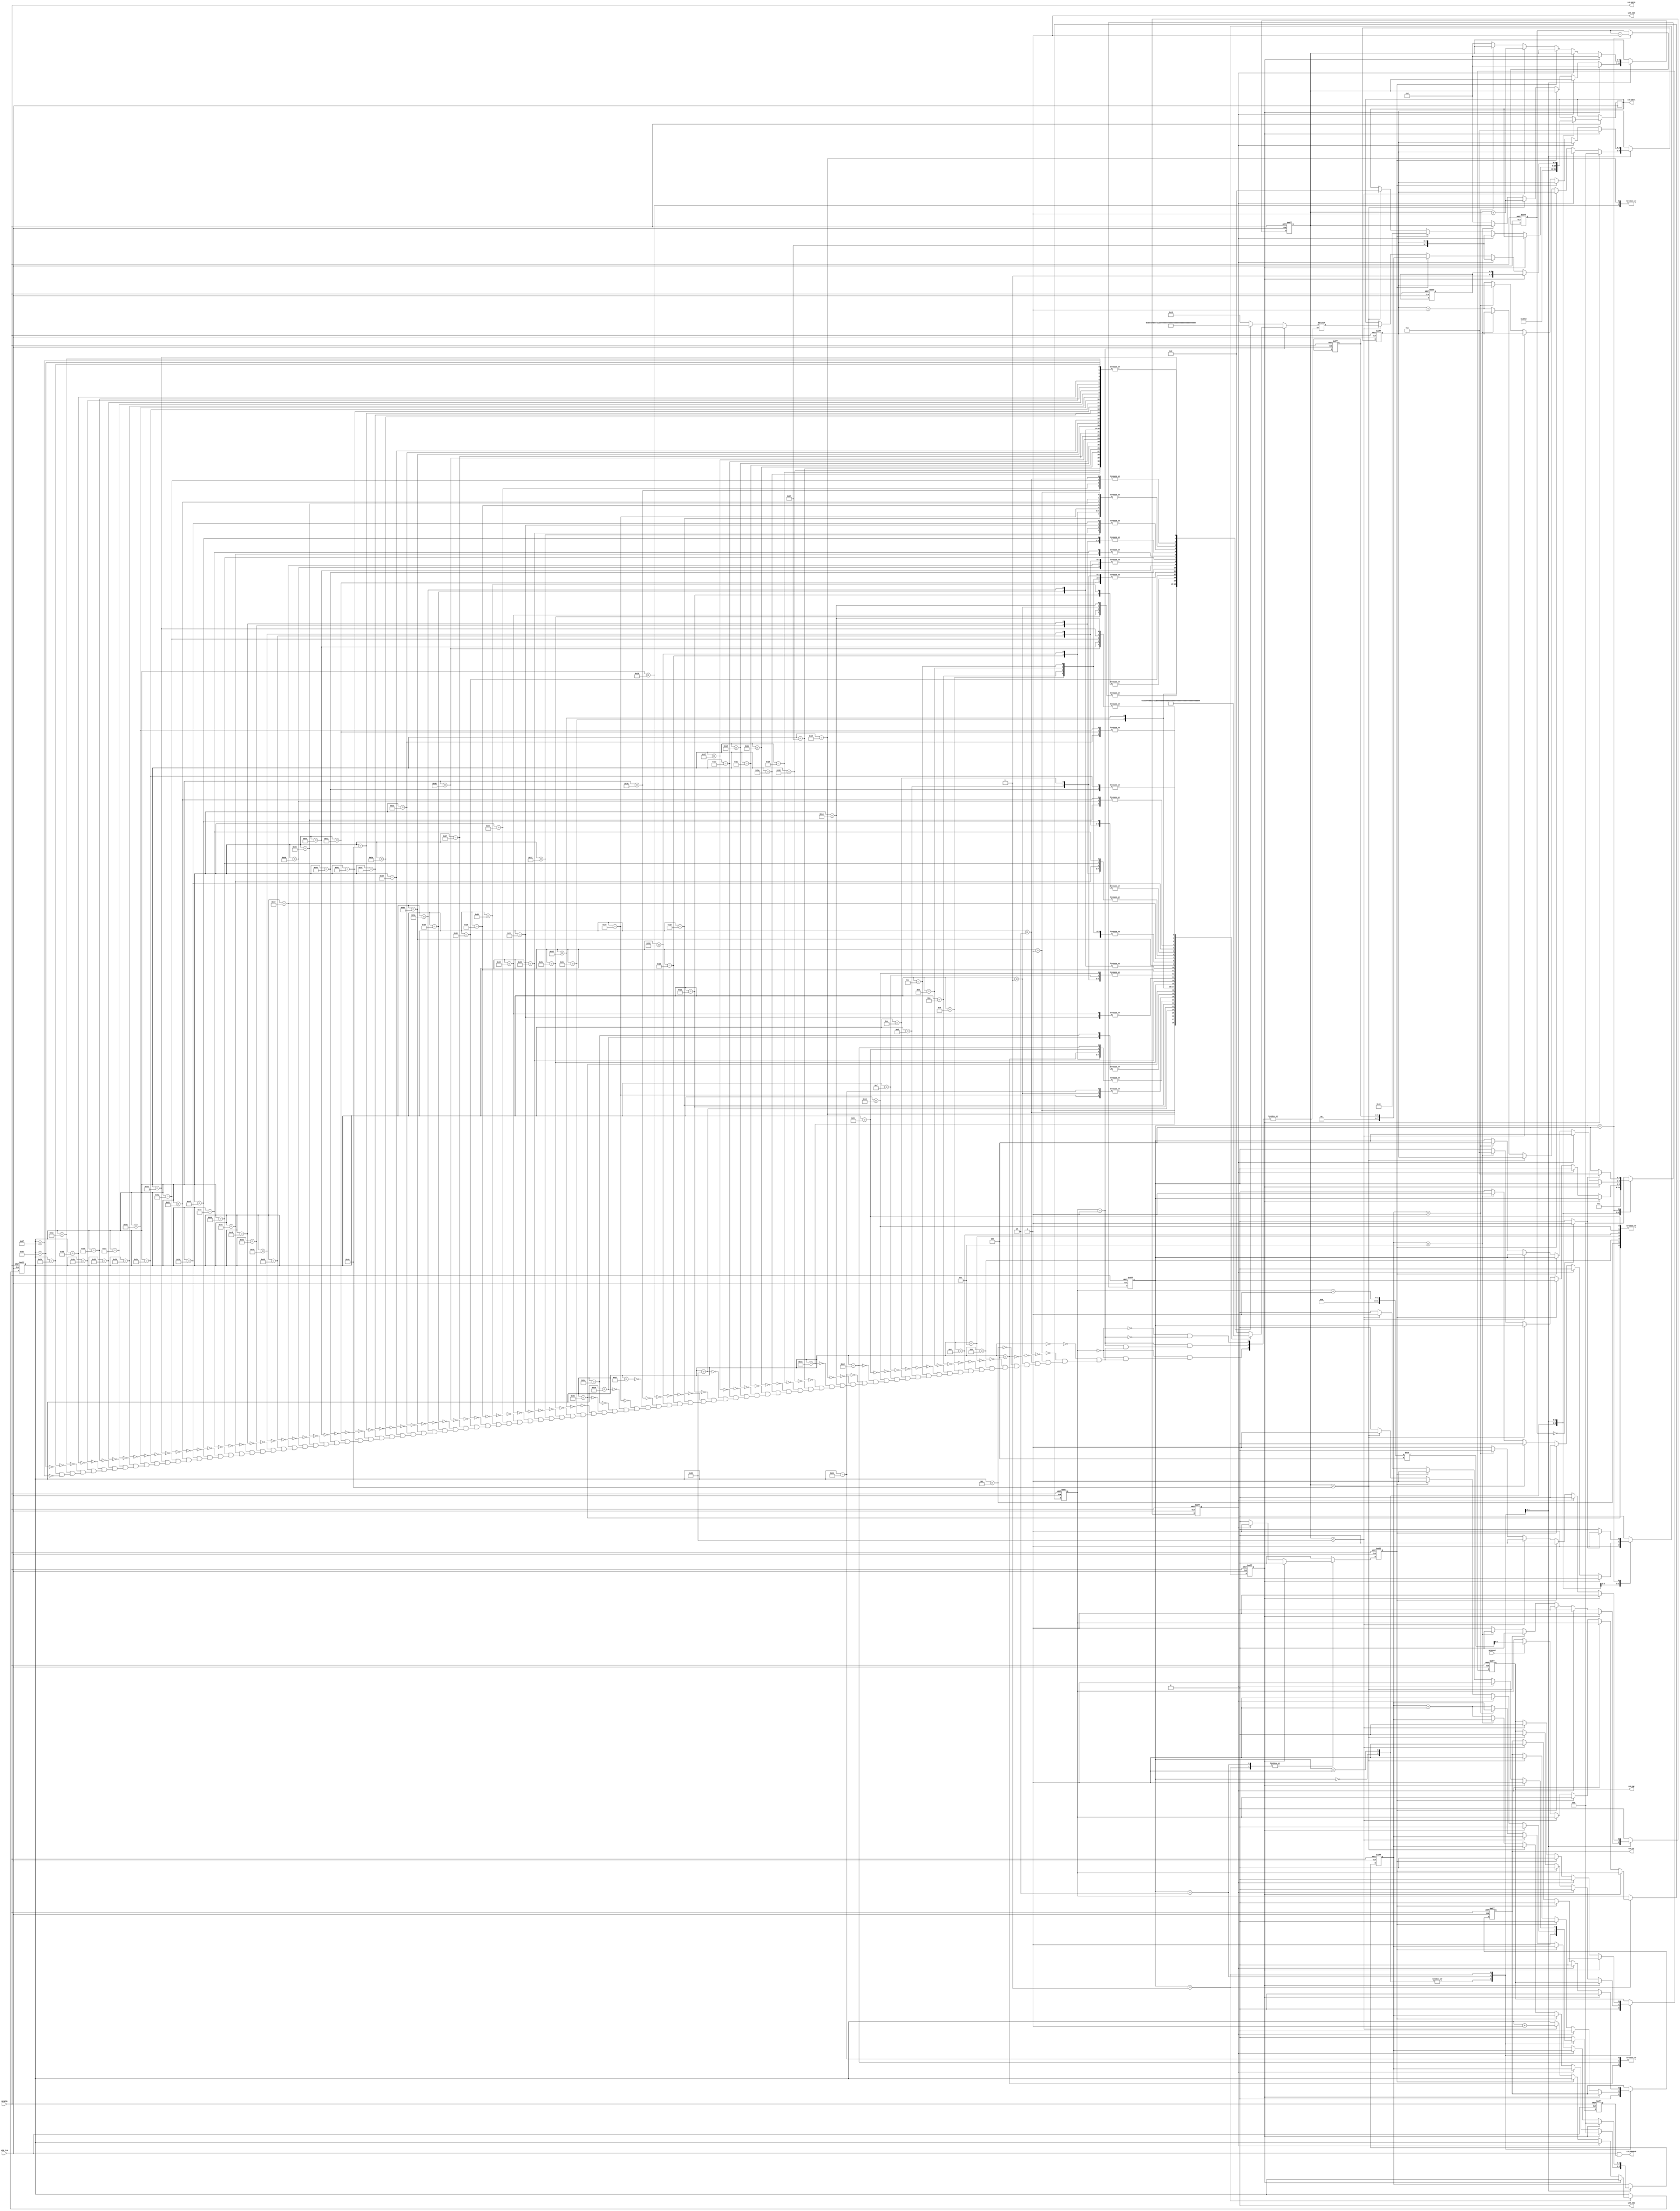
/*********************************** 
 * Show a Flying BOO on LCD.        *
 * Each image is 16x16 bits.        *
 ***********************************/

module head(pressed, LCD_CLK, RESETN, LCD_DATA, LCD_ENABLE,
       LCD_RW, LCD_RSTN, LCD_CS1, LCD_CS2, LCD_DI);

	input  LCD_CLK;
	input  RESETN;
	input  pressed;
	output reg [7:0]  LCD_DATA; // control instruction + DI + RW
	output reg LCD_DI;
	output reg LCD_RW; // read/write
	output LCD_ENABLE; 
	output LCD_RSTN;
	output reg LCD_CS1 = 0; // left screen
	output reg LCD_CS2 = 1; // right screen
	
	reg [7:0]  LCD_DATA_NEXT;
	reg LCD_RW_NEXT;
	reg LCD_DI_NEXT;
	
	reg [5:0]	SL, SL_NEXT;
	reg [2:0]  STATE, STATE_NEXT;
	reg [2:0]  X_PAGE, X_PAGE_NEXT; // 8 pages
	reg [5:0]  Y, Y_NEXT;
	reg [1:0] IMAGE, IMAGE_NEXT;
	reg [7:0] PATTERN; 
	reg [6:0]  INDEX, INDEX_NEXT;
	reg [15:0] PAUSE_TIME, PAUSE_TIME_NEXT;
	
	reg START, START_NEXT;	
	reg NEW_PAGE, NEW_PAGE_NEXT;
	reg NEW_COL, NEW_COL_NEXT;
	reg [2:0] PAGE_COUNTER, PAGE_COUNTER_NEXT;
	reg [6:0] COL_COUNTER, COL_COUNTER_NEXT;
	reg ENABLE, ENABLE_NEXT;

	parameter Init = 3'd0, Set_StartLine = 3'd1, Clear_Screen = 3'd2, Copy_Image = 3'd3, Pause = 3'd4;
	parameter Delay = 16'b1000_0000_0000_0000;
	
			// assign state encoding
	parameter	STATE_DIGIT0 = 2'd0,
					STATE_DIGIT1 = 2'd1,
					STATE_DIGIT2 = 2'd2,
					STATE_DIGIT3 = 2'd3;
	
	assign LCD_ENABLE = LCD_CLK & ENABLE; // when ENABLE=1, LCD write can occur at falling edge of clock 
	assign LCD_RSTN = RESETN;
	assign PAUSED_TO_THE_END = (PAUSE_TIME == 0) ? 1 : 0;	
	
	always@(posedge LCD_CLK or negedge RESETN) begin
		if (!RESETN) begin
			SL			<=6'b0;
			STATE    <= Init;
			PAUSE_TIME    <= Delay;
			X_PAGE   <= 0;
			Y  <= 0;
			INDEX 	<=  0;
			LCD_DI   <= 0;
			LCD_RW   <= 0;
			IMAGE    <= 0;
			START <= 0;
			NEW_PAGE <= 1'b0;
			NEW_COL <= 1'b0;
			COL_COUNTER <= 0;
			PAGE_COUNTER <= 0;
			ENABLE <= 1'b0;
		end else begin
			SL <= SL_NEXT;
			STATE    <= STATE_NEXT;
			PAUSE_TIME    <= PAUSE_TIME_NEXT;
			X_PAGE   <= X_PAGE_NEXT;
			Y  <= Y_NEXT;
			INDEX<= INDEX_NEXT;
			LCD_DI   <= LCD_DI_NEXT;
			LCD_RW   <= LCD_RW_NEXT;
			LCD_DATA <= LCD_DATA_NEXT;
			IMAGE <= IMAGE_NEXT;	
			START <= START_NEXT;	
			NEW_PAGE <= NEW_PAGE_NEXT;
			NEW_COL <= NEW_COL_NEXT;
			COL_COUNTER <= COL_COUNTER_NEXT;
			PAGE_COUNTER <= PAGE_COUNTER_NEXT;
			ENABLE <= ENABLE_NEXT;
		end
	end

	always @(*) begin
		// default assignments
		SL_NEXT = SL;
		STATE_NEXT  = STATE;
		PAUSE_TIME_NEXT = PAUSE_TIME;
		X_PAGE_NEXT = X_PAGE;
		Y_NEXT = Y;
		INDEX_NEXT = INDEX;
		LCD_DI_NEXT = LCD_DI;
		LCD_RW_NEXT = LCD_RW;
		LCD_DATA_NEXT = LCD_DATA;	
		IMAGE_NEXT = IMAGE;
		COL_COUNTER_NEXT = COL_COUNTER; 
		PAGE_COUNTER_NEXT = PAGE_COUNTER;
		START_NEXT =	1'b0;	
		NEW_PAGE_NEXT = 1'b0;
		NEW_COL_NEXT = 1'b0;	
		ENABLE_NEXT = 1'b0;
		case(STATE)
			Init: begin  //initial state
				STATE_NEXT =  Set_StartLine;
				// prepare LCD instruction to turn display on
				LCD_DI_NEXT = 1'b0;
				LCD_RW_NEXT = 1'b0;
				LCD_DATA_NEXT = 8'b0011111_1; 
				ENABLE_NEXT = 1'b1;
			end
			Set_StartLine: begin //set start line
				STATE_NEXT = Clear_Screen;
				// prepare LCD instruction to set start line
				LCD_DI_NEXT = 1'b0;
				LCD_RW_NEXT = 1'b0;
				LCD_DATA_NEXT = 8'b11_000000;
				//LCD_DATA_NEXT = 8'b11_000000; // start line = 0
				ENABLE_NEXT = 1'b1;
				START_NEXT = 1'b1;
			end
			Clear_Screen: begin
				if (START) begin
					NEW_PAGE_NEXT = 1'b1;
					PAGE_COUNTER_NEXT = 0;
					COL_COUNTER_NEXT = 0;
					X_PAGE_NEXT = 0; // set initial X address
					Y_NEXT = Y ; // set initial Y address
				end else	
				if (NEW_PAGE) begin
					// prepare LCD instruction to move to new page
					LCD_DI_NEXT = 1'b0;
					LCD_RW_NEXT = 1'd0;
					LCD_DATA_NEXT = {5'b10111, X_PAGE};
					ENABLE_NEXT = 1'b1;
					NEW_COL_NEXT = 1'b1;
				end else if (NEW_COL) begin 
					// prepare LCD instruction to move to column 0 
					LCD_DI_NEXT    = 1'b0;
					LCD_RW_NEXT    = 1'd0;
					LCD_DATA_NEXT  = 8'b01_000000; // to move to column 0
					ENABLE_NEXT = 1'b1;
				end else if (COL_COUNTER < 64) begin
					// prepare LCD instruction to write 00000000 into display RAM
					LCD_DI_NEXT    = 1'b1;
					LCD_RW_NEXT    = 1'd0;
					LCD_DATA_NEXT  = 8'b00000000;
					ENABLE_NEXT = 1'b1;
					COL_COUNTER_NEXT = COL_COUNTER + 1;
				end else begin
					if (PAGE_COUNTER == 7) begin // last page of screen
						STATE_NEXT = Copy_Image;
						START_NEXT = 1'b1;
					end else begin
						// prepare to change page
						X_PAGE_NEXT  = X_PAGE + 1;
						NEW_PAGE_NEXT = 1'b1;
						PAGE_COUNTER_NEXT = PAGE_COUNTER + 1;
						COL_COUNTER_NEXT = 0;
					end
				end
			end						
			Copy_Image: begin // write image pattern into LCD RAM
				if (START) begin
					NEW_PAGE_NEXT = 1'b1;
					X_PAGE_NEXT = 3;  // image initial X address
					/*case (curr_key) 
						4'd8: Y_NEXT = Y + 1; // set initial Y address
						4'd2: Y_NEXT = Y - 1;
						4'd4: SL_NEXT = SL - 1;
						4'd6: SL_NEXT = SL + 1;
					endcase */
					LCD_DI_NEXT = 1'b0;
					LCD_RW_NEXT = 1'b0;
					LCD_DATA_NEXT = {2'b11,SL};
					ENABLE_NEXT = 1'b1;
					
					
					PAGE_COUNTER_NEXT = 0;
					COL_COUNTER_NEXT = 0;
				end else if (NEW_PAGE) begin
					// prepare LCD instruction to move to new page 
					LCD_DI_NEXT = 1'b0;
					LCD_RW_NEXT = 1'b0;
					LCD_DATA_NEXT = {5'b10111, X_PAGE}; 
					ENABLE_NEXT = 1'b1;
					NEW_COL_NEXT = 1'b1;
				end else if (NEW_COL) begin
					// prepare LCD instruction to move to new column
					LCD_DI_NEXT = 1'b0;
					LCD_RW_NEXT = 1'b0;
					LCD_DATA_NEXT = {2'b01,Y};
					ENABLE_NEXT = 1'b1;
				end else if (COL_COUNTER < 32) begin //load image 1 byte at a time, 32 is the width of image
					// prepare LCD instruction to write image data into display RAM
					LCD_DI_NEXT = 1'b1;
					LCD_RW_NEXT = 1'b0;
					LCD_DATA_NEXT = PATTERN;
					ENABLE_NEXT = 1'b1;
					INDEX_NEXT = INDEX + 1;
					COL_COUNTER_NEXT = COL_COUNTER + 1;
				end else begin 
					if(pressed)begin
					IMAGE_NEXT = (IMAGE + 1)%4;
					end
					if (PAGE_COUNTER == 1) begin // last page of image
						STATE_NEXT = Pause;
					end else begin
						// prepare to change page
						X_PAGE_NEXT = X_PAGE + 1;		
						NEW_PAGE_NEXT = 1'b1;
						PAGE_COUNTER_NEXT = PAGE_COUNTER + 1;
						COL_COUNTER_NEXT = 0;
					end
				end				
			end
			Pause: begin
				if (PAUSED_TO_THE_END) begin
					STATE_NEXT = Copy_Image;
					START_NEXT = 1'b1;
				end 
				else STATE_NEXT = Pause;
				PAUSE_TIME_NEXT = PAUSE_TIME - 1; 
			end
			default: STATE_NEXT = Init;
		endcase
    end
	
/*******************************
 * Set HEAD image patterns		*
 *******************************/
  always @(*)begin
	case (IMAGE)
		2'b00:	// 1st image 	smile
			case (INDEX)
			  8'h00  :  PATTERN = 8'hC0; // upper half of image, wid = 32
			  8'h01  :  PATTERN = 8'h20; // NOT SINGING
			  8'h02  :  PATTERN = 8'h10; //1110_0000
			  8'h03  :  PATTERN = 8'h08;
			  8'h04  :  PATTERN = 8'h04;
			  8'h05  :  PATTERN = 8'h02;
			  8'h06  :  PATTERN = 8'h02;
			  8'h07  :  PATTERN = 8'h02;
			  8'h08  :  PATTERN = 8'h02; 
			  8'h09  :  PATTERN = 8'h01;
			  8'h0A  :  PATTERN = 8'h01;
			  8'h0B  :  PATTERN = 8'h01;
			  8'h0C  :  PATTERN = 8'h01;
			  8'h0D  :  PATTERN = 8'h01;
			  8'h0E  :  PATTERN = 8'h01;
			  8'h0F  :  PATTERN = 8'h03;
			  8'h10  :  PATTERN = 8'h02;
			  8'h11  :  PATTERN = 8'h02;
			  8'h12  :  PATTERN = 8'h04;
			  8'h13  :  PATTERN = 8'h04;
			  8'h14  :  PATTERN = 8'h08;
			  8'h15  :  PATTERN = 8'h30;
			  8'h16  :  PATTERN = 8'hC0;
			  8'h17  :  PATTERN = 8'h00;  
			  8'h18  :  PATTERN = 8'h00; 
			  8'h19  :  PATTERN = 8'h00;
			  8'h1A  :  PATTERN = 8'h00;
			  8'h1B  :  PATTERN = 8'h00;
			  8'h1C  :  PATTERN = 8'h00;
			  8'h1D  :  PATTERN = 8'h00;
			  8'h1E  :  PATTERN = 8'h00;
			  8'h1F  :  PATTERN = 8'h00;
			  8'h20  :  PATTERN = 8'h3F; // middle half of image, wid = 32
			  8'h21  :  PATTERN = 8'hE0;
			  8'h22  :  PATTERN = 8'h20;
			  8'h23  :  PATTERN = 8'h20;
			  8'h24  :  PATTERN = 8'h20;
			  8'h25  :  PATTERN = 8'h30;
			  8'h26  :  PATTERN = 8'h10;
			  8'h27  :  PATTERN = 8'h4F;    
			  8'h28  :  PATTERN = 8'h20; 
			  8'h29  :  PATTERN = 8'h21;
			  8'h2A  :  PATTERN = 8'h22;
			  8'h2B  :  PATTERN = 8'h02;
			  8'h2C  :  PATTERN = 8'h84;
			  8'h2D  :  PATTERN = 8'h88;
			  8'h2E  :  PATTERN = 8'h08;
			  8'h2F  :  PATTERN = 8'h28;
			  8'h30  :  PATTERN = 8'h28;
			  8'h31  :  PATTERN = 8'h28;
			  8'h32  :  PATTERN = 8'h08;
			  8'h33  :  PATTERN = 8'h10;
			  8'h34  :  PATTERN = 8'hE0;
			  8'h35  :  PATTERN = 8'h20;
			  8'h36  :  PATTERN = 8'h1F;
			  8'h37  :  PATTERN = 8'h00;  
			  8'h38  :  PATTERN = 8'h00; 
			  8'h39  :  PATTERN = 8'h00;
			  8'h3A  :  PATTERN = 8'h00;
			  8'h3B  :  PATTERN = 8'h00;
			  8'h3C  :  PATTERN = 8'h00;
			  8'h3D  :  PATTERN = 8'h00;
			  8'h3E  :  PATTERN = 8'h00;
			  8'h3F  :  PATTERN = 8'h00;
			  8'h40  :  PATTERN = 8'h00; // lower half of image, wid = 32
			  8'h41  :  PATTERN = 8'h00;
			  8'h42  :  PATTERN = 8'h01; //1110_0000
			  8'h43  :  PATTERN = 8'h0F;
			  8'h44  :  PATTERN = 8'h18;
			  8'h45  :  PATTERN = 8'h20;
			  8'h46  :  PATTERN = 8'h40;
			  8'h47  :  PATTERN = 8'h40;    
			  8'h48  :  PATTERN = 8'h40; 
			  8'h49  :  PATTERN = 8'h40;
			  8'h4A  :  PATTERN = 8'h48;
			  8'h4B  :  PATTERN = 8'h48;
			  8'h4C  :  PATTERN = 8'h51;
			  8'h4D  :  PATTERN = 8'h50;
			  8'h4E  :  PATTERN = 8'h51;
			  8'h4F  :  PATTERN = 8'h48;
			  8'h50  :  PATTERN = 8'h28;
			  8'h51  :  PATTERN = 8'h20;
			  8'h52  :  PATTERN = 8'h10;
			  8'h53  :  PATTERN = 8'h0C;
			  8'h54  :  PATTERN = 8'h00;
			  8'h55  :  PATTERN = 8'h00;
			  8'h56  :  PATTERN = 8'h00;
			  8'h57  :  PATTERN = 8'h00;
			  8'h58  :  PATTERN = 8'h00;
			  8'h59  :  PATTERN = 8'h00;
			  8'h5A  :  PATTERN = 8'h00;
			  8'h5B  :  PATTERN = 8'h00;
			  8'h5C  :  PATTERN = 8'h00;
			  8'h5D  :  PATTERN = 8'h00;
			  8'h5E  :  PATTERN = 8'h00;
			  8'h5F  :  PATTERN = 8'h00;			  
			   		  
			endcase
		2'b01:	// 2nd image sing
			case (INDEX)
			  8'h00  :  PATTERN = 8'h00; // upper half of image, wid = 32
			  8'h01  :  PATTERN = 8'hC0; // SINGING
			  8'h02  :  PATTERN = 8'h30; //1110_0000
			  8'h03  :  PATTERN = 8'h08;
			  8'h04  :  PATTERN = 8'h04;
			  8'h05  :  PATTERN = 8'h02;
			  8'h06  :  PATTERN = 8'h02;
			  8'h07  :  PATTERN = 8'h01;
			  8'h08  :  PATTERN = 8'h01; 
			  8'h09  :  PATTERN = 8'h01;
			  8'h0A  :  PATTERN = 8'h01;
			  8'h0B  :  PATTERN = 8'h01;
			  8'h0C  :  PATTERN = 8'h01;
			  8'h0D  :  PATTERN = 8'h02;
			  8'h0E  :  PATTERN = 8'h02;
			  8'h0F  :  PATTERN = 8'h02;
			  8'h10  :  PATTERN = 8'h02;
			  8'h11  :  PATTERN = 8'h04;
			  8'h12  :  PATTERN = 8'h04;
			  8'h13  :  PATTERN = 8'h08;
			  8'h14  :  PATTERN = 8'h10;
			  8'h15  :  PATTERN = 8'h60;
			  8'h16  :  PATTERN = 8'h80;
			  8'h17  :  PATTERN = 8'h00;  
			  8'h18  :  PATTERN = 8'h00; 
			  8'h19  :  PATTERN = 8'h00;
			  8'h1A  :  PATTERN = 8'h00;
			  8'h1B  :  PATTERN = 8'h00;
			  8'h1C  :  PATTERN = 8'h00;
			  8'h1D  :  PATTERN = 8'h00;
			  8'h1E  :  PATTERN = 8'h00;
			  8'h1F  :  PATTERN = 8'h00;
			  8'h20  :  PATTERN = 8'h33; // middle half of image, wid = 32
			  8'h21  :  PATTERN = 8'h4D;
			  8'h22  :  PATTERN = 8'hC4;
			  8'h23  :  PATTERN = 8'h04;
			  8'h24  :  PATTERN = 8'h04;
			  8'h25  :  PATTERN = 8'h02;
			  8'h26  :  PATTERN = 8'h01;
			  8'h27  :  PATTERN = 8'h00;    
			  8'h28  :  PATTERN = 8'h08; 
			  8'h29  :  PATTERN = 8'h18;
			  8'h2A  :  PATTERN = 8'h18;
			  8'h2B  :  PATTERN = 8'h09;
			  8'h2C  :  PATTERN = 8'h61;
			  8'h2D  :  PATTERN = 8'h22;
			  8'h2E  :  PATTERN = 8'h62;
			  8'h2F  :  PATTERN = 8'h02;
			  8'h30  :  PATTERN = 8'h0A;
			  8'h31  :  PATTERN = 8'h1A;
			  8'h32  :  PATTERN = 8'h1A;
			  8'h33  :  PATTERN = 8'h02;
			  8'h34  :  PATTERN = 8'h02;
			  8'h35  :  PATTERN = 8'hFE;
			  8'h36  :  PATTERN = 8'h01;
			  8'h37  :  PATTERN = 8'h00;  
			  8'h38  :  PATTERN = 8'h10; 
			  8'h39  :  PATTERN = 8'h38;
			  8'h3A  :  PATTERN = 8'h38;
			  8'h3B  :  PATTERN = 8'h1F;
			  8'h3C  :  PATTERN = 8'h03;
			  8'h3D  :  PATTERN = 8'h01;
			  8'h3E  :  PATTERN = 8'h00;
			  8'h3F  :  PATTERN = 8'h00;
			  8'h40  :  PATTERN = 8'h00; // lower half of image, wid = 32
			  8'h41  :  PATTERN = 8'h00;
			  8'h42  :  PATTERN = 8'h03; //1110_0000
			  8'h43  :  PATTERN = 8'h0C;
			  8'h44  :  PATTERN = 8'h10;
			  8'h45  :  PATTERN = 8'h20;
			  8'h46  :  PATTERN = 8'h20;
			  8'h47  :  PATTERN = 8'h40;    
			  8'h48  :  PATTERN = 8'h4A; 
			  8'h49  :  PATTERN = 8'h4A;
			  8'h4A  :  PATTERN = 8'h52;
			  8'h4B  :  PATTERN = 8'h52;
			  8'h4C  :  PATTERN = 8'h52;
			  8'h4D  :  PATTERN = 8'h52;
			  8'h4E  :  PATTERN = 8'h52;
			  8'h4F  :  PATTERN = 8'h4A;
			  8'h50  :  PATTERN = 8'h26;
			  8'h51  :  PATTERN = 8'h20;
			  8'h52  :  PATTERN = 8'h10;
			  8'h53  :  PATTERN = 8'h10;
			  8'h54  :  PATTERN = 8'h0C;
			  8'h55  :  PATTERN = 8'h03;
			  8'h56  :  PATTERN = 8'h00;
			  8'h57  :  PATTERN = 8'h00;
			  8'h58  :  PATTERN = 8'h00;
			  8'h59  :  PATTERN = 8'h00;
			  8'h5A  :  PATTERN = 8'h00;
			  8'h5B  :  PATTERN = 8'h00;
			  8'h5C  :  PATTERN = 8'h00;
			  8'h5D  :  PATTERN = 8'h00;
			  8'h5E  :  PATTERN = 8'h00;
			  8'h5F  :  PATTERN = 8'h00;		 			  
			endcase
	endcase	
  end

endmodule